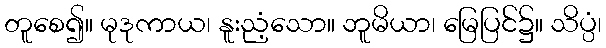
တူစေ၍။ မုဒုကာယ၊ နူးညံ့သော။ ဘူမိယာ၊ မြေပြင်၌။ သိပ္ပံ၊